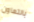
بالتعاون